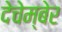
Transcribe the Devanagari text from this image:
देचेम्बेर